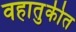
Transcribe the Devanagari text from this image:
वहातुकीत